Report of the Indian Hemp Drugs Commission, 1894-1895 - Volume II
Year: 1894
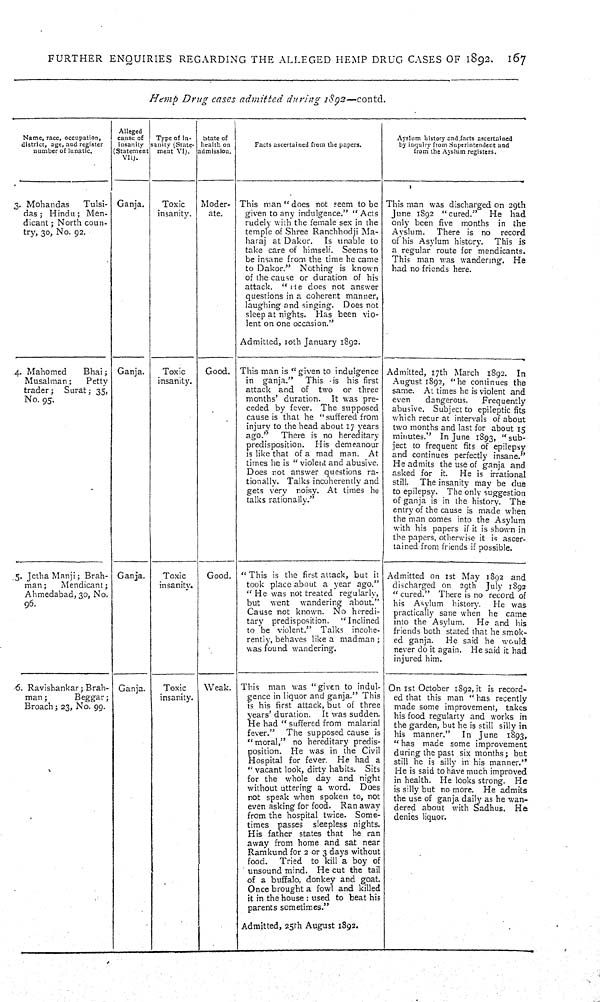
FURTHER ENQUIRIES REGARDING THE ALLEGED HEMP DRUG CASES OF 1892.
l67
Hemp Drug cases admitted during 1892—contd.
Name, race, occupation,
district, age, and register
number of lunatic.
Alleged
cause of
insanity
(Statement
VII).
Type of in-
sanity (State-
ment VI).
State of
health on
admission.
Facts ascertained from the papers.
Ayslum history and facts ascertained
by inquiry from Superintendent and
from the Ayslum registers.
3. Mohandas
Tulsi-
das; Hindu; Men-
dicant; North coun-
try, 30, No. 92.
Ganja.
Toxic
insanity.
Moder-
ate.
This man "does not seem to be
given to any indulgence." "Acts
rudely with the female sex in the
temple of Shree Ranchhodji Ma-
haraj at Dakor.
Is unable to
take care of himself. Seems to
be insane from the time he came
to Dakor." Nothing is known
of the cause or duration of his
attack. "He does not answer
questions in a coherent manner,
laughing and singing. Does not
sleep at nights. Has been vio-
lent on one occasion."
Admitted, 10th January 1893.
This man was discharged on 29th
June 1892 "cured."
He had
only been five months in the
Ayslum.
There is no record
of his Asylum history.
This is
a regular route for mendicants.
This man was wandering. He
had no friends here.
4. Mahomed
Bhai;
Musalman;
Petty
trader;
Surat; 35,
No. 95.
Ganja.
Toxic
insanity.
Good. This man is "given to indulgence
in ganja."
This is his first
attack and of two or three
months' duration. It was pre-
ceded by fever. The supposed
cause is that he "suffered from
injury to the head about 17 years
ago."
There is no hereditary
predisposition. His demeanour
is like that of a mad man. At
times he is "violent and abusive.
Does not answer questions ra-
tionally. Talks incoherently and
gets very noisy. At times he
talks rationally."
Admitted, 17th March 1892. In
August 1892, "he continues the
same. At times he is violent and
even
dangerous.
Frequently
abusive. Subject to epileptic fits
which recur at intervals of about
two months and last for about 15
minutes." In June 1893, "sub-
ject to frequent fits of epilepsy
and continues perfectly insane."
He admits the use of ganja and
asked for it.
He is irrational
still.
The insanity may be due
to epilepsy. The only suggestion
of ganja is in the history. The
entry of the cause is made when
the man comes into the Asylum
with his papers if it is shown in
the papers, otherwise it is ascer-
tained from friends if possible.
5. Jetha Manji; Brah-
man;
Mendicant;
Ahmedabad, 30, No.
96.
Ganja.
Toxic
insanity.
Good. "This is the first attack, but it
took place about a year ago."
"He was not treated regularly,
but went
wandering about."
Cause not known. No heredi-
tary predisposition.
"Inclined
to be violent." Talks incohe-
rently, behaves like a madman;
was found wandering.
Admitted on 1st May 1892 and
discharged on 29th July 1892
"cured." There is no record of
his Asylum history.
He was
practically sane when he came
into the Asylum.
He and his
friends both stated that he smok-
ed ganja.
He said he would
never do it again. He said it had
injured him.
6. Ravishankar; Brah-
man;
Beggar;
Broach; 23, No. 99.
Ganja.
Toxic
insanity.
Weak. This man was "given to indul-
gence in liquor and ganja." This
is his first attack, but of three
years' duration.
It was sudden.
He had "suffered from malarial
fever."
The supposed cause is
"moral," no hereditary predis-
position. He was in the Civil
Hospital for fever. He had a
"vacant look, dirty habits. Sits
for the whole day and night
without uttering a word. Does
not speak when spoken to, not
even asking for food. Ran away
from the hospital twice. Some-
times passes sleepless nights.
His father states that he ran
away from home and sat near
Ramkund for 2 or 3 days without
food.
Tried to kill a boy of
unsound mind. He cut the tail
of a buffalo, donkey and goat.
Once brought a fowl and killed
it in the house: used to beat his
parents sometimes."
Admitted, 25th August 1892.
On 1st October 1892, it is record-
ed that this man "has recently
made some improvement, takes
his food regularty and works in
the garden, but he is still silly in
his manner."
In June 1893,
"has made some improvement
during the past six months; but
still he is silly in his manner."
He is said to have much improved
in health. He looks strong. He
is silly but no more. He admits
the use of ganja daily as he wan-
dered about with Sadhus.
He
denies liquor.